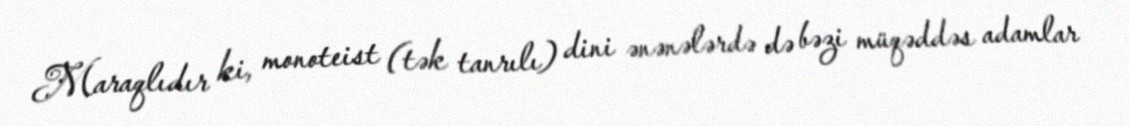
Maraqlıdır ki, monoteist (tək tanrılı) dini ənənələrdə də bəzi müqəddəs adamlar